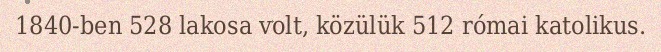
1840-ben 528 lakosa volt, közülük 512 római katolikus.